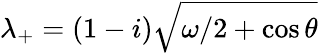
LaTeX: \lambda_{+}=(1-i)\sqrt{\omega/2+\cos{\theta}}